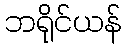
ဘရိုင်ယန်